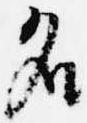
名